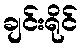
ချင်းရိုင်